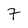
Character: 7